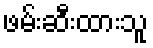
ဖမ်းဆီးထားသူ